Civil Veterinary Department. Central Provinces & Berar 1932-41 - 1932-1941
Year: 1932
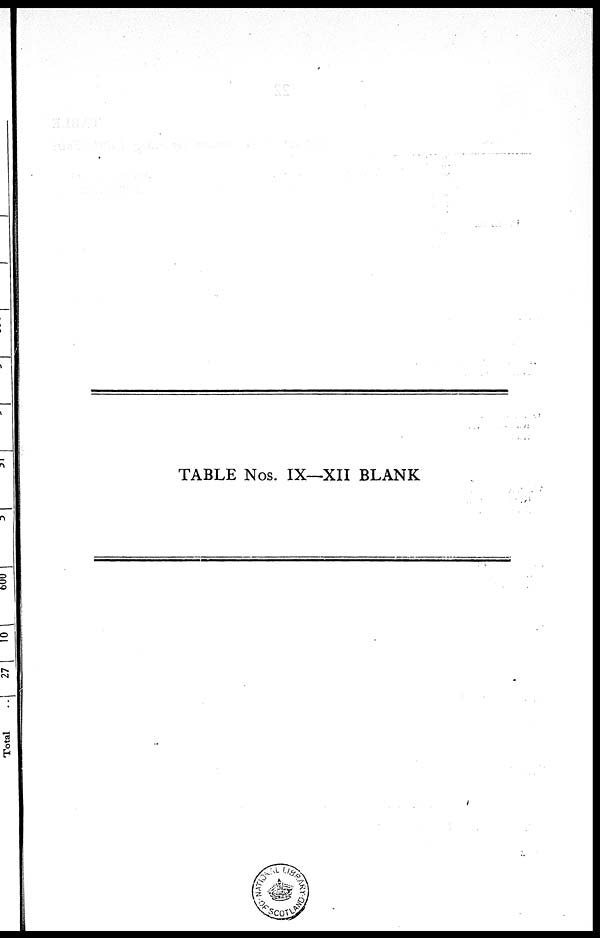
TABLE Nos. IX—XII BLANK